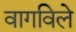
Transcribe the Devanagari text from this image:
वागविले